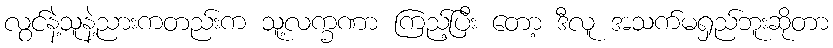
လွင်နဲ့သူနဲ့ညားကတည်းက သူ့လက္ခဏာ ကြည့်ပြီး တော့ ဒီလူ အသက်မရှည်ဘူးဆိုတာ